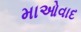
માઓવાદ